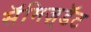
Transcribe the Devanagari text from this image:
सॅमिज़्डॅट